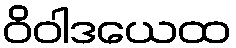
ဝိဝါဒယေထ